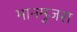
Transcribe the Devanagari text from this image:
मानमुजरा